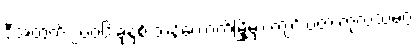
ဒီအတွက် ၂၀၀၆ ခုနှစ် ဘန်ကောက်မြို့မှာ ကျင်းပတဲ့ ကုလသမဂ္ဂ